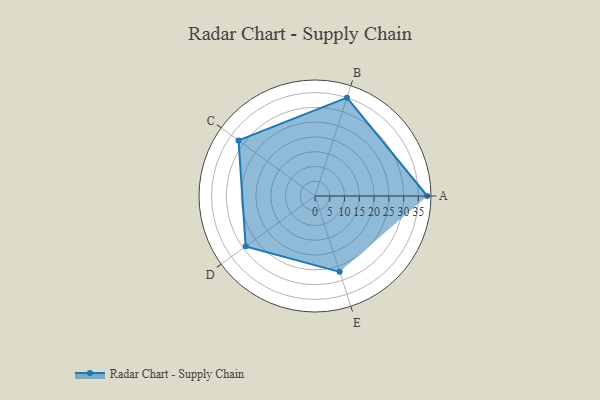
{"axis": {"x": "Skill", "y": "Score"}, "legend": ["Profile"], "data": [{"x": "A", "y": 38.0, "type": "Profile"}, {"x": "B", "y": 35.0, "type": "Profile"}, {"x": "C", "y": 32.0, "type": "Profile"}, {"x": "D", "y": 29.0, "type": "Profile"}, {"x": "E", "y": 27.0, "type": "Profile"}]}